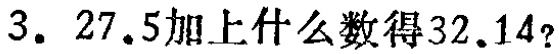
3. \(27.5\)加上什么数得\(32.14\)?